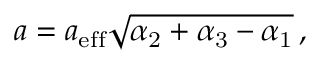
a = a _ { \mathrm { e f f } } \sqrt { \alpha _ { \mathrm { 2 } } + \alpha _ { \mathrm { 3 } } - \alpha _ { \mathrm { 1 } } } \, ,